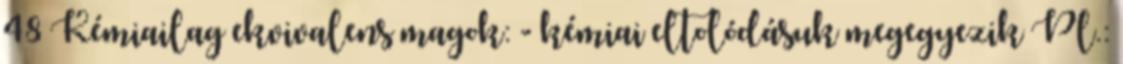
48 Kémiailag ekvivalens magok: - kémiai eltolódásuk megegyezik Pl.: